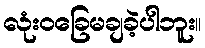
လုံးဝခြေမချခဲ့ပါဘူး။